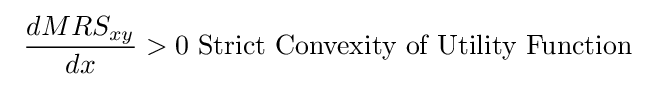
\ {\frac {dMRS_{xy}}{dx}}>0{\text{   Strict Convexity of Utility Function}}